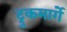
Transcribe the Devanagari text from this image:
ट्रुकमार्गे